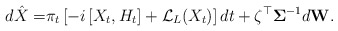
\begin{align*}d\hat{X} = & \pi_t \left[ -i \left[X_t,H_t\right] + \mathcal{L}_L(X_t)\right] dt + \zeta^{\top} \mathbf{\Sigma} ^{-1}d\mathbf{W}. \end{align*}